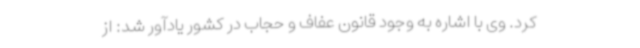
کرد. وی با اشاره به وجود قانون عفاف و حجاب در کشور یادآور شد: از